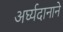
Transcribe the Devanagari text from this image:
अर्घ्यदानाने